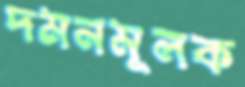
দমনমূলক